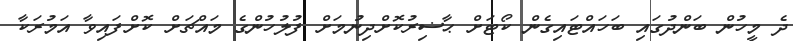
ދެ މީހުން ބަންދުގައި ބަހައްޓައިގެން ކޯޓަށް ޙާޟިރުކޮށްދިނުމަށް ފުލުހުންގެ މައްޗަށް ކޮށްފައިވާ އަމުރަކާ